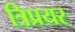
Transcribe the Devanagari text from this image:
त्रिप्रयर